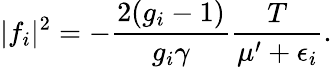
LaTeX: \lvert f_{i}\rvert^{2}=-\frac{2(g_{i}-1)}{g_{i}\gamma}\frac{T}{\mu^{\prime}+\epsilon_{i}}.